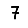
Digit: 7